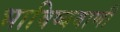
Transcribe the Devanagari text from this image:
भाविष्यवाणी